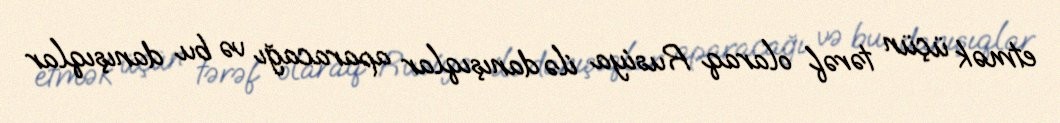
etmək üçün tərəf olaraq Rusiya ilə danışıqlar aparacağı və bu danışıqlar